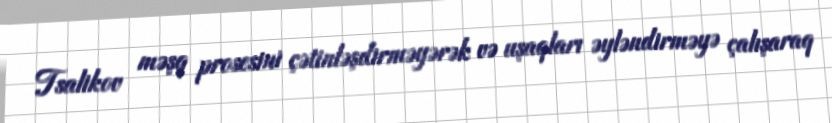
Tsalikov məşq prosesini çətinləşdirməyərək və uşaqları əyləndirməyə çalışaraq